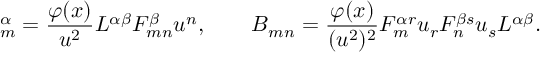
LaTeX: \d A _ { m } ^ { \alpha } = { \frac { \varphi ( x ) } { u ^ { 2 } } } { \cal L } ^ { \alpha \beta } { \cal F } _ { m n } ^ { \beta } u ^ { n } , \qquad \d B _ { m n } = { \frac { \varphi ( x ) } { ( u ^ { 2 } ) ^ { 2 } } } { \cal F } _ { m } ^ { \alpha r } u _ { r } { \cal F } _ { n } ^ { \beta s } u _ { s } { \cal L } ^ { \alpha \beta } .